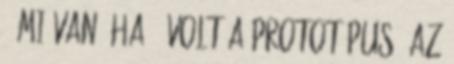
. Mi van, ha ő volt a prototípus? Az